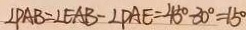
\angle P A B = \angle E A B - \angle P A E = 4 5 ^ { \circ } - 3 0 ^ { \circ } = 1 5 ^ { \circ }